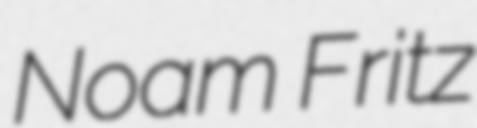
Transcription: Noam Fritz